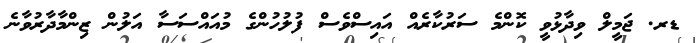
ޑރ. ޖަމީލް ވިދާޅުވީ ކޮންމެ ސަރުކާރެއް އައިސްވެސް ފުލުހުންގެ މުއައްސަސާ އަލުން ޒިންމާދާރުވާނެ